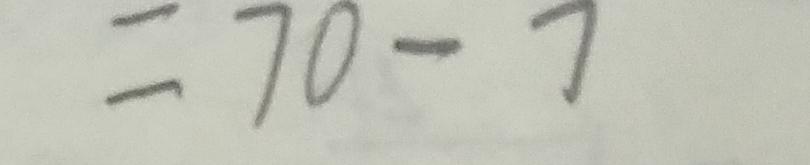
= 7 0 - 7